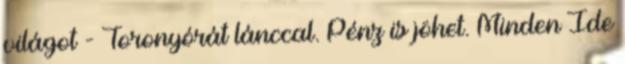
világot - Toronyórát lánccal. Pénz is jöhet. Minden Ide